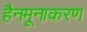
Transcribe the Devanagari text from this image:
हैनमूनाकरण